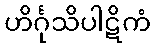
ဟိင်္ဂုသိပါဋိကံ